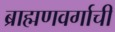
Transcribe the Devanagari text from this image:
ब्राह्मणवर्गाची